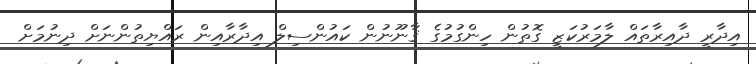
އިދާރީ ދާއިރާތައް ލާމަރުކަޒީ ގޮތުން ހިންގުމުގެ ޤާނޫނުން ކައުންސިލް އިދާރާއިން ރައްޔިތުންނަށް ދިނުމަށް